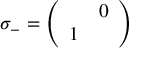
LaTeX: \sigma _ { - } = \left( \begin{array} { c c } { { } } & { { 0 } } \\ { { 1 } } & { { } } \end{array} \right)